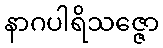
နာဂပါရိသဇ္ဇော